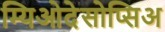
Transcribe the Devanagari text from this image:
म्यिओदेसोप्सिअ